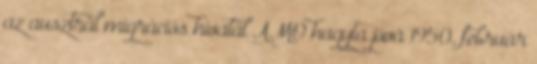
az ausztrál migrációs hivatal AMO hagyta jóvá 1950. február